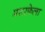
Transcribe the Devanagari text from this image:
मशरफेला